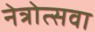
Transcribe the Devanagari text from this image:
नेत्रोत्सवा